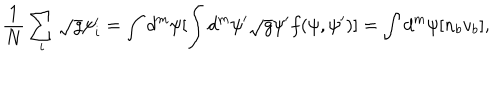
{ \frac { 1 } { N } } \sum _ { i } \sqrt { g } \psi _ { i } ^ { \prime } = \int d ^ { m } \psi [ \int d ^ { m } \psi ^ { \prime } \sqrt { g } \psi ^ { \prime } f ( \psi , \psi ^ { \prime } ) ] = \int d ^ { m } \psi [ n _ { b } v _ { b } ] ,